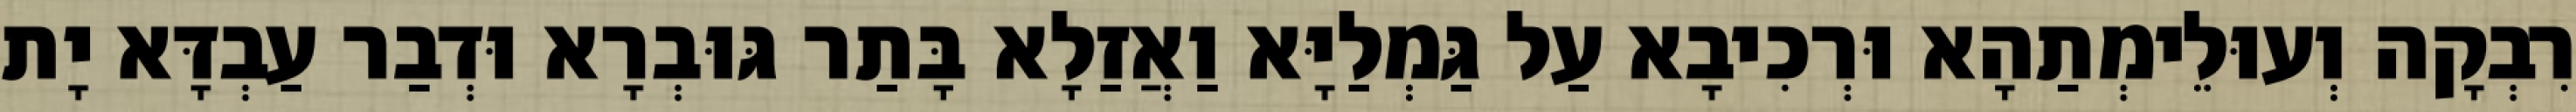
רִבְקָה וְעוּלֵימְתַהָא וּרְכִיבָא עַל גַּמְלַיָּא וַאֲזַלָא בָּתַר גּוּבְרָא וּדְבַר עַבְדָּא יָת